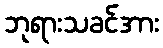
ဘုရားသခင်အား